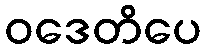
ဝဒေတိပေ